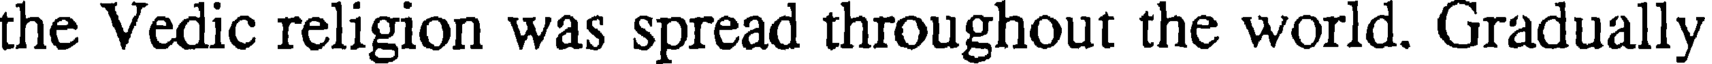
the Vedic religion was spread throughout the world. Gradually